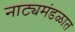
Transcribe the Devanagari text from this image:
नाट्यमंडळात